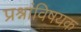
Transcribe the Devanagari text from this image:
प्रश्नांविषयक